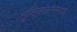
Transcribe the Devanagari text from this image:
मुक्तिसंग्राममध्ये